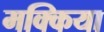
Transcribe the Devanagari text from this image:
मक्किया